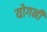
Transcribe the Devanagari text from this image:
योगनी